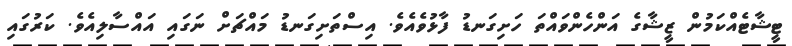
ޓީޝާޓެއްކަމުން ޒީޝާގެ އަންހެންވައްތަ ހަށިގަނޑު ފާޅުވެއެވެ. އިސްތަށިގަނޑު މައްޗަށް ނަގައި އައްސާލިއެވެ. ކަރުގައި